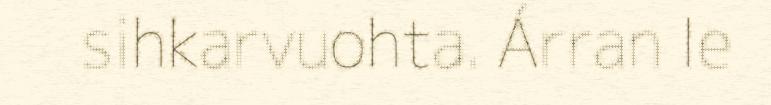
sihkarvuohta. Árran le